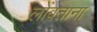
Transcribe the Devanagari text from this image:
लोंबताना